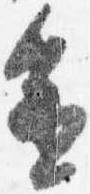
進